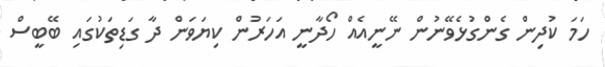
ހަމަ ކުދިން ގެންގުޅެވޭނުން ނޭނީއެއް ހޯދާނީ އަހަރުން ކިޔަވަން ދާ ގަޑިތަކުގައި ބޭބީސް